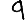
Digit: 9